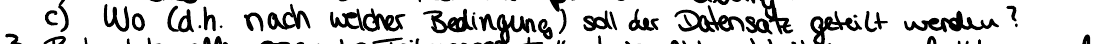
c) Wo (d.h. nach welcher Bedingung) soll der Datensatz geteilt werden?